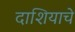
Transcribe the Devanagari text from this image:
दाशियाचे